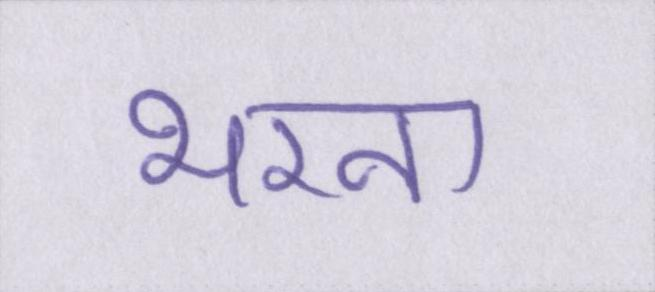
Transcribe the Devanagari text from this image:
भरना